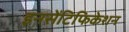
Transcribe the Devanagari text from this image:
इनसेंटिफिकेशन